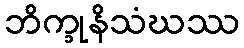
ဘိက္ခုနိသံဃဿ